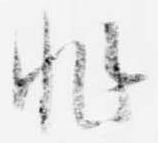
非